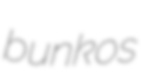
bunkos